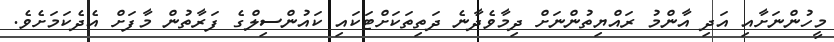
މީހުންނަށާއި އަދި އާންމު ރައްޔިތުންނަށް ދިމާވެދާނެ ދަތިތަކަށްޓަަަކައި ކައުންސިލްގެ ފަރާތުން މާފަަށް އެދެކަމަށެވެ.